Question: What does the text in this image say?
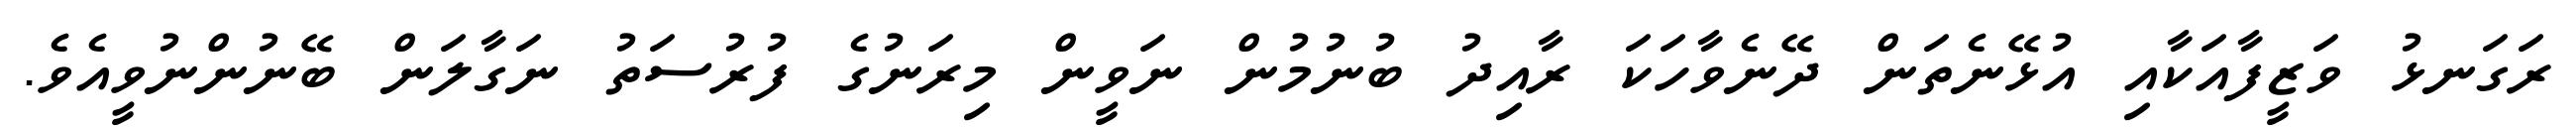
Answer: ރަގަނޅު ވަޒީފާއަކާއި އުޅޭނެތަން ދޭނެވާހަކަ ރާއިދު ބުނުމުން ނަވީން މިރަނުގެ ފުރުސަތު ނަގާލަން ބޭނުންނުވީއެވެ.